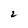
Character: 2